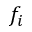
f _ { i }